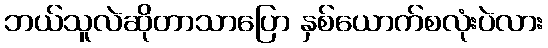
ဘယ်သူလဲဆိုတာသာပြော နှစ်ယောက်စလုံးပဲလား